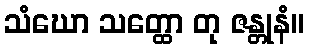
သံဃော သတ္ထော တု ဇန္တုနံ။